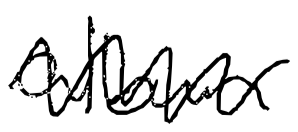
Text: album
Cross-out: zig-zag
Writing tool: digital_black